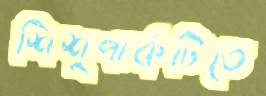
শিশুপার্কটিতে